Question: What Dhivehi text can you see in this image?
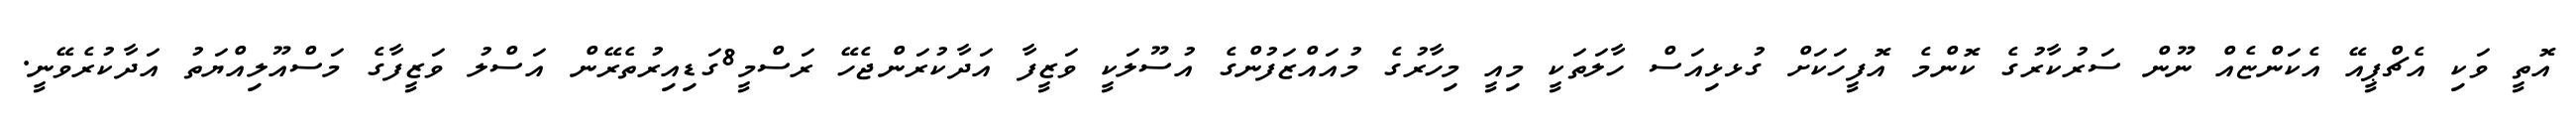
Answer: އޮތީ ވަކި އެޗްޕީއޭ އެކަންޏެއް ނޫން ސަރުކާރުގެ ކޮންމެ އޮފީހަކަށް ގުޅޅިއަސް ހާލަތަކީ މިއީ މިހާރުގެ މުއައްޒަފުންގެ އުސޫލަކީ ވަޒީފާ އަދާކުރަންޖެހޭ ރަސްމީ8ގަޑިއިރުތެރޭން އަސްލު ވަޒީފާގެ މަސްއޫލިއްޔަތު އަދާކުރެވޭނީ.